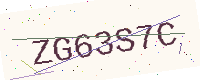
Text: ZG63S7C